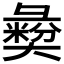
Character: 𢑱